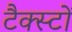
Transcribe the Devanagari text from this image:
टैक्स्टों